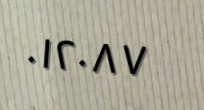
٠١٢٠٨٧